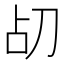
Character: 𪟂